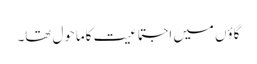
گاؤں میں اجتماعیت کاماحول تھا۔